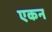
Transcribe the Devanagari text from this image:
एकन